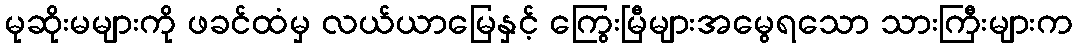
မုဆိုးမများကို ဖခင်ထံမှ လယ်ယာမြေနှင့် ကြွေးမြီများအမွေရသော သားကြီးများက